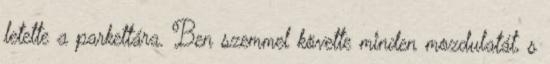
letette a parkettára. Ben szemmel követte minden mozdulatát, s